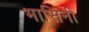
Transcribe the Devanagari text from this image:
भासिनी